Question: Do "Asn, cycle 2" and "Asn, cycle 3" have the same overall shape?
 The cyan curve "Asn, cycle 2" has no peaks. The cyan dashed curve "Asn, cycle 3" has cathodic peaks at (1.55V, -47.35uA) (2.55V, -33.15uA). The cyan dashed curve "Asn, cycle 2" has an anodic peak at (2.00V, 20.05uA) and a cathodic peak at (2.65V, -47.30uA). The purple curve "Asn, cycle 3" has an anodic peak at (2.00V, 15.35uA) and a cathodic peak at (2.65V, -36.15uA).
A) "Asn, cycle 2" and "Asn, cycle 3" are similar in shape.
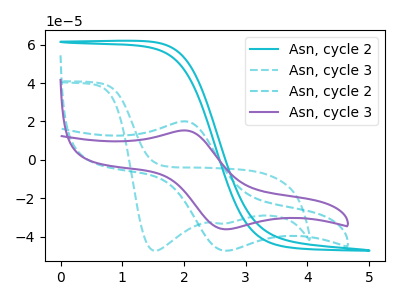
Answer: <think>All the peaks in "Asn, cycle 2" have a peak in "Asn, cycle 3" at the same potential. Every peak in "Asn, cycle 2" is higher than every peak in "Asn, cycle 3".
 </think>
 <answer>A) "Asn, cycle 2" and "Asn, cycle 3" are similar in shape.</answer>
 <eval>A</eval>